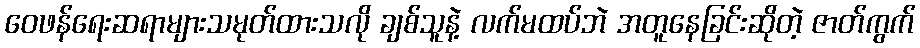
ဝေဖန်ရေးဆရာများသမုတ်ထားသလို ချစ်သူနဲ့ လက်မထပ်ဘဲ အတူနေခြင်းဆိုတဲ့ ဇာတ်ကွက်